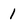
Character: 1